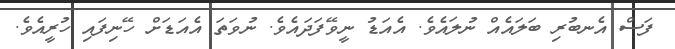
ފަސް އެނބުރި ބަލައެއް ނުލައެވެ. އެއަޑު ނީވޭފަދައެވެ. ނުވަތަ އެއަޑަށް ހޭނިފައި ހުރީއެވެ.